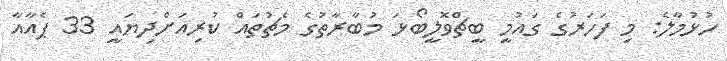
ހުޅުމާލެ: މި ފަހަރުގެ ގައުމީ ބީޗްވޮލީބޯޅަ މުބާރާތުގެ މެޗުތައް ކުރިއަށްދިޔައީ 33 ޕެއާއާ